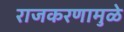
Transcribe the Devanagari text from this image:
राजकरणामुळे